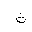
Letter: _tha